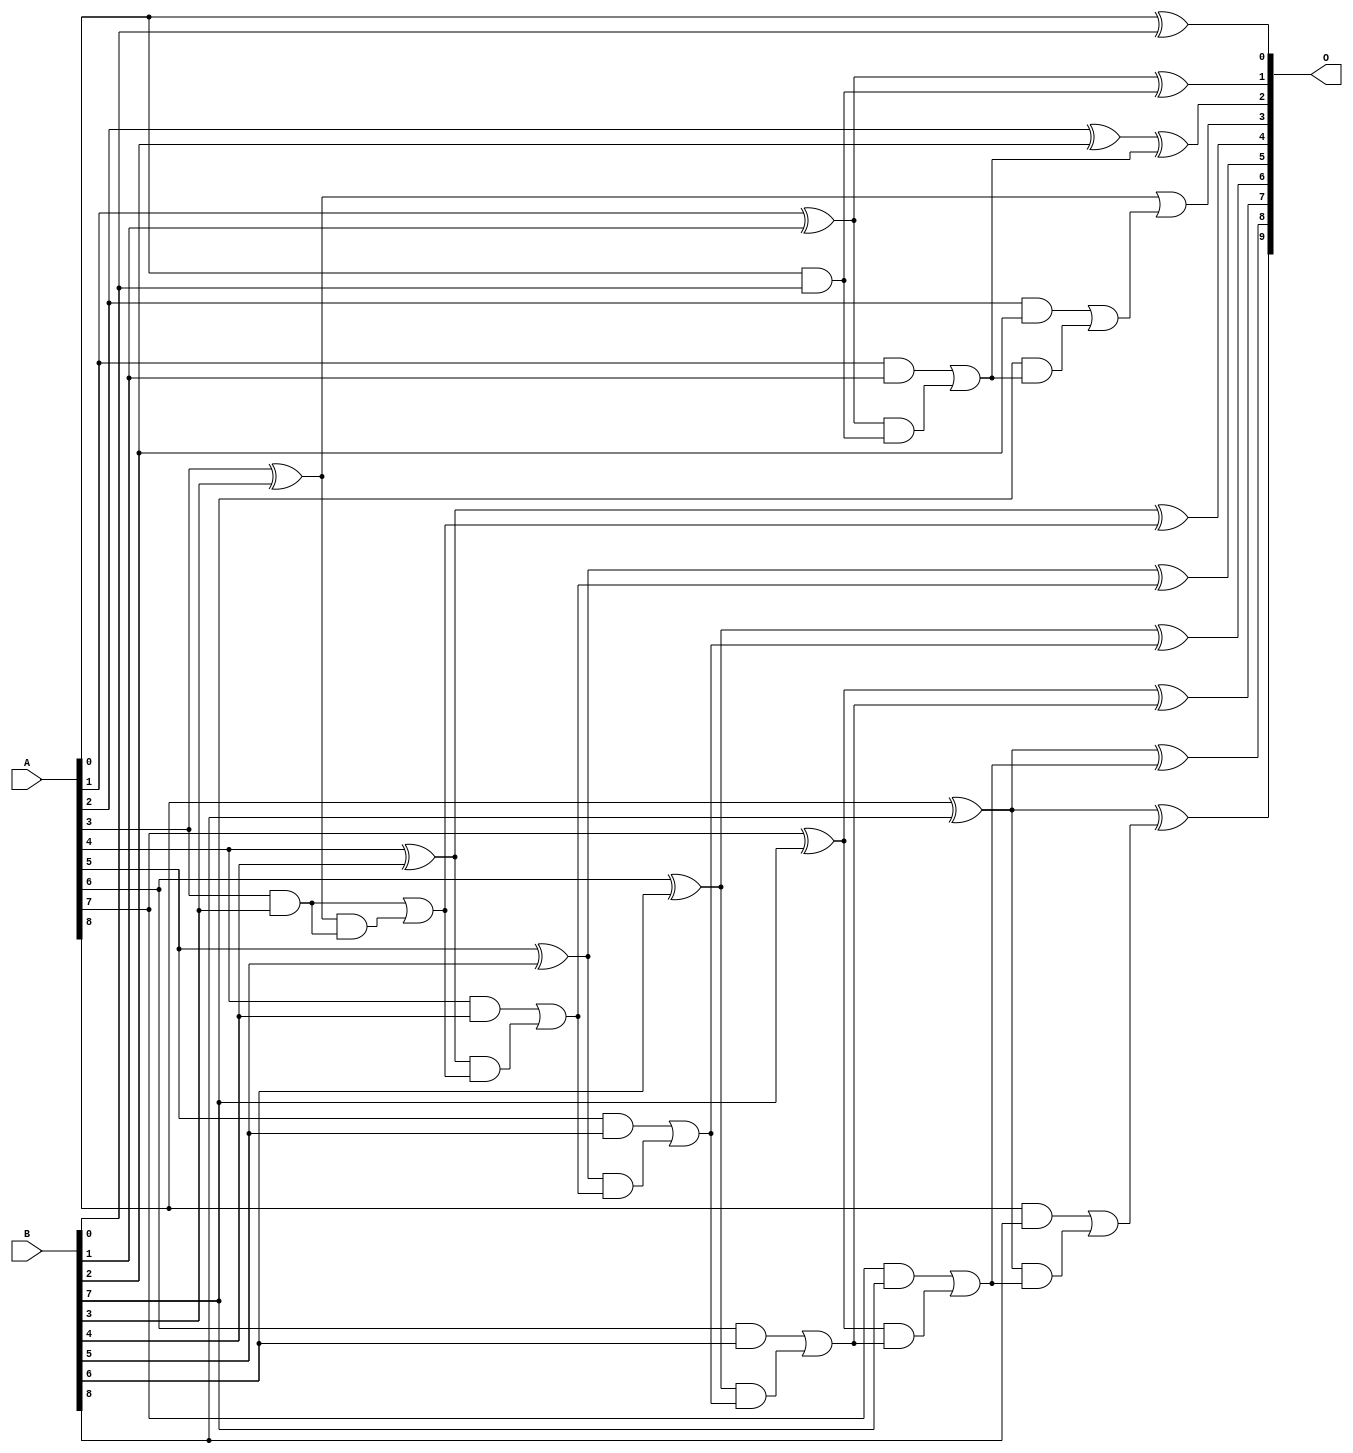
/***
* This code is a part of EvoApproxLib library (ehw.fit.vutbr.cz/approxlib) distributed under The MIT License.
* When used, please cite the following article(s): V. Mrazek, L. Sekanina, Z. Vasicek "Libraries of Approximate Circuits: Automated Design and Application in CNN Accelerators" IEEE Journal on Emerging and Selected Topics in Circuits and Systems, Vol 10, No 4, 2020 
* This file contains a circuit from a sub-set of pareto optimal circuits with respect to the pwr and ep parameters
***/
// MAE% = 0.45 %
// MAE = 2.3 
// WCE% = 1.56 %
// WCE = 8.0 
// WCRE% = 800.00 %
// EP% = 28.91 %
// MRE% = 5.32 %
// MSE = 18 
// PDK45_PWR = 0.037 mW
// PDK45_AREA = 92.0 um2
// PDK45_DELAY = 0.47 ns

module add9se_028 (
    A,
    B,
    O
);

input [8:0] A;
input [8:0] B;
output [9:0] O;

wire sig_18,sig_19,sig_20,sig_21,sig_22,sig_23,sig_24,sig_25,sig_26,sig_27,sig_28,sig_29,sig_30,sig_31,sig_32,sig_33,sig_34,sig_35,sig_36,sig_37;
wire sig_38,sig_39,sig_40,sig_41,sig_42,sig_43,sig_44,sig_45,sig_46,sig_47,sig_48,sig_49,sig_50,sig_51,sig_52,sig_53,sig_54,sig_55,sig_56,sig_57;
wire sig_58,sig_59,sig_60,sig_61;

assign sig_18 = A[0] ^ B[0];
assign sig_19 = A[0] & B[0];
assign sig_20 = A[1] ^ B[1];
assign sig_21 = A[1] & B[1];
assign sig_22 = sig_20 & sig_19;
assign sig_23 = sig_20 ^ sig_19;
assign sig_24 = sig_21 | sig_22;
assign sig_25 = A[2] ^ B[2];
assign sig_26 = A[2] & B[2];
assign sig_27 = B[7] & sig_24;
assign sig_28 = sig_25 ^ sig_24;
assign sig_29 = sig_26 | sig_27;
assign sig_30 = A[3] ^ B[3];
assign sig_31 = A[3] & B[3];
assign sig_32 = sig_30 & sig_31;
assign sig_33 = sig_30 | sig_29;
assign sig_34 = sig_31 | sig_32;
assign sig_35 = A[4] ^ B[4];
assign sig_36 = A[4] & B[4];
assign sig_37 = sig_35 & sig_34;
assign sig_38 = sig_35 ^ sig_34;
assign sig_39 = sig_36 | sig_37;
assign sig_40 = A[5] ^ B[5];
assign sig_41 = A[5] & B[5];
assign sig_42 = sig_40 & sig_39;
assign sig_43 = sig_40 ^ sig_39;
assign sig_44 = sig_41 | sig_42;
assign sig_45 = A[6] ^ B[6];
assign sig_46 = A[6] & B[6];
assign sig_47 = sig_45 & sig_44;
assign sig_48 = sig_45 ^ sig_44;
assign sig_49 = sig_46 | sig_47;
assign sig_50 = A[7] ^ B[7];
assign sig_51 = A[7] & B[7];
assign sig_52 = sig_50 & sig_49;
assign sig_53 = sig_50 ^ sig_49;
assign sig_54 = sig_51 | sig_52;
assign sig_55 = A[8] ^ B[8];
assign sig_56 = A[8] & B[8];
assign sig_57 = sig_55 & sig_54;
assign sig_58 = sig_55 ^ sig_54;
assign sig_59 = sig_56 | sig_57;
assign sig_60 = A[8] ^ B[8];
assign sig_61 = sig_60 ^ sig_59;

assign O[9] = sig_61;
assign O[8] = sig_58;
assign O[7] = sig_53;
assign O[6] = sig_48;
assign O[5] = sig_43;
assign O[4] = sig_38;
assign O[3] = sig_33;
assign O[2] = sig_28;
assign O[1] = sig_23;
assign O[0] = sig_18;

endmodule